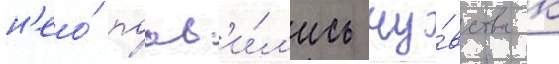
н'ео́ поав'и́л'ись чу́вства к